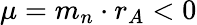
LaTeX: \mu=m_{n}\cdot r_{A}<0